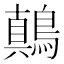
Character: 鷏